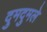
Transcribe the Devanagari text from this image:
दुमदुमले